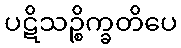
ပဋိသဉ္စိက္ခတိပေ